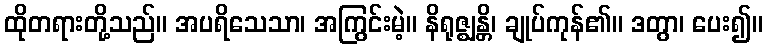
ထိုတရားတို့သည်။ အပရိသေသာ၊ အကြွင်းမဲ့။ နိရုဇ္ဈန္တိ၊ ချုပ်ကုန်၏။ ဒတွာ၊ ပေး၍။